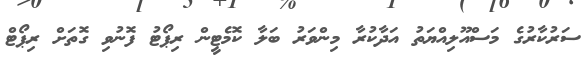
ސަރުކާރުގެ މަސްއޫލިއްޔަތު އަދާކުރާ މިންވަރު ބަލާ ކޮމެޓީން ރިޕޯޓު ފޮނުވި ގޮތަށް ރިޕޯޓް